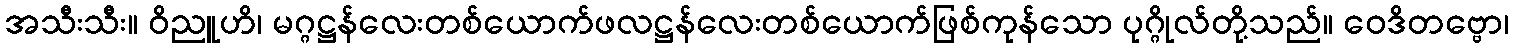
အသီးသီး။ ဝိညူဟိ၊ မဂ္ဂဋ္ဌန်လေးတစ်ယောက်ဖလဋ္ဌန်လေးတစ်ယောက်ဖြစ်ကုန်သော ပုဂ္ဂိုလ်တို့သည်။ ဝေဒိတဗ္ဗော၊